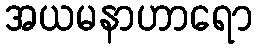
အယမနာဟာရော